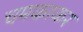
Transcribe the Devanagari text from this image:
चमकाकर